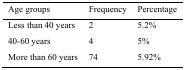
<table><thead><tr><td><b>Age groups</b></td><td><b>Frequency</b></td><td><b>Percentage</b></td></tr></thead><tbody><tr><td>Less than 40 years</td><td>2</td><td>5.2%</td></tr><tr><td>40-60 years</td><td>4</td><td>5%</td></tr><tr><td>More than 60 years</td><td>74</td><td>5.92%</td></tr></tbody></table>